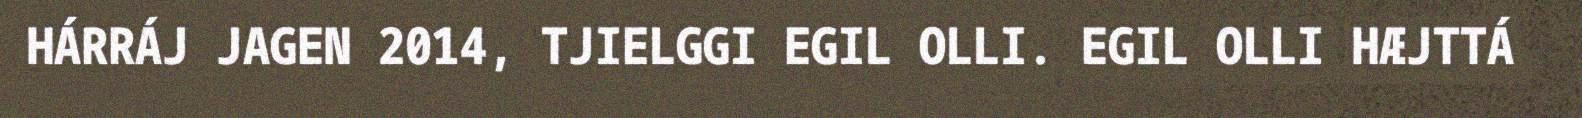
HÁRRÁJ JAGEN 2014, TJIELGGI EGIL OLLI. EGIL OLLI HÆJTTÁ